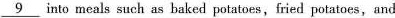
\underline{9} into meals such as baked potatoes, fried potatoes, and